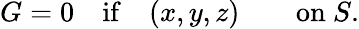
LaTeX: G=0\quad{\mathrm{if}}\quad(x,y,z)\qquad{\mathrm{on~}}S.